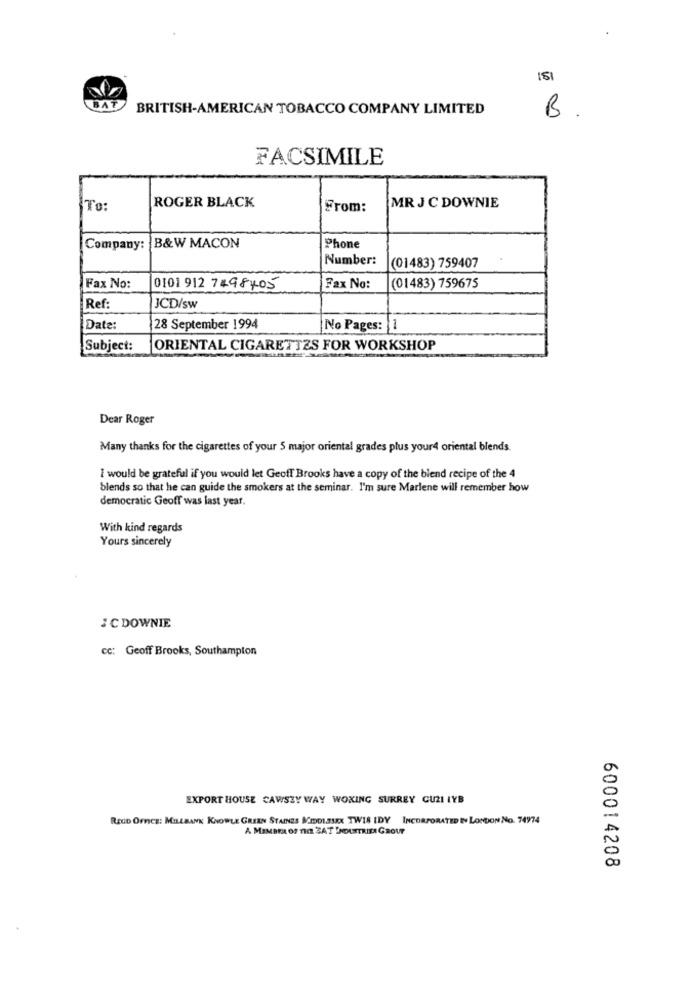
BAT
BRITISH-AMERICAN TOBACCO COMPANY LIMITED
B.
FACSIMILE
ROGER BLACK
To:
From:
MR J C DOWNIE
Company: B&W MACON
Phone
Number:
(01483) 759407
Fax No:
0101 912 7498405
Fax No:
(01483) 759675
Ref:
JCD/sw
Date:
28 September 1994
No Pages: 1
Subject:
ORIENTAL CIGARETTES FOR WORKSHOP
Dear Roger
Many thanks for the cigarettes of your S major oriental grades plus your4 oriental blends.
I would be grateful if you would let Geoff Brooks have a copy of the blend recipe of the 4
blends so that he can guide the smokers at the seminar. I'm sure Marlene will remember how
democratic Geoff was last year.
With kind regards
Yours sincerely
:C DOWNIE
cc: Geoff Brooks, Southampton
EXPORT HOUSE CAWSZY WAY WONING SURREY CUZI IYB
REUD Orncz: MILLBANK KNOWLE GREEN STAINES MIDDLESEX TWIS IDY INCORPORATED IN LONDON NO. 74974
A MEMBER OF THE ZAT INDUSTRIEA GROUP
600014208